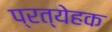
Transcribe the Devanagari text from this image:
प्रत्येहक